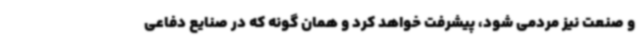
و صنعت نیز مردمی شود، پیشرفت خواهد کرد و همان گونه که در صنایع دفاعی